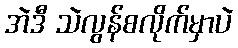
အဲဒီ သဲလွန်စလိုက်မှာပဲ